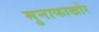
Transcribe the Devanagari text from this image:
मुनाफाखोर